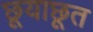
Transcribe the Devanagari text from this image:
छूयाछूत